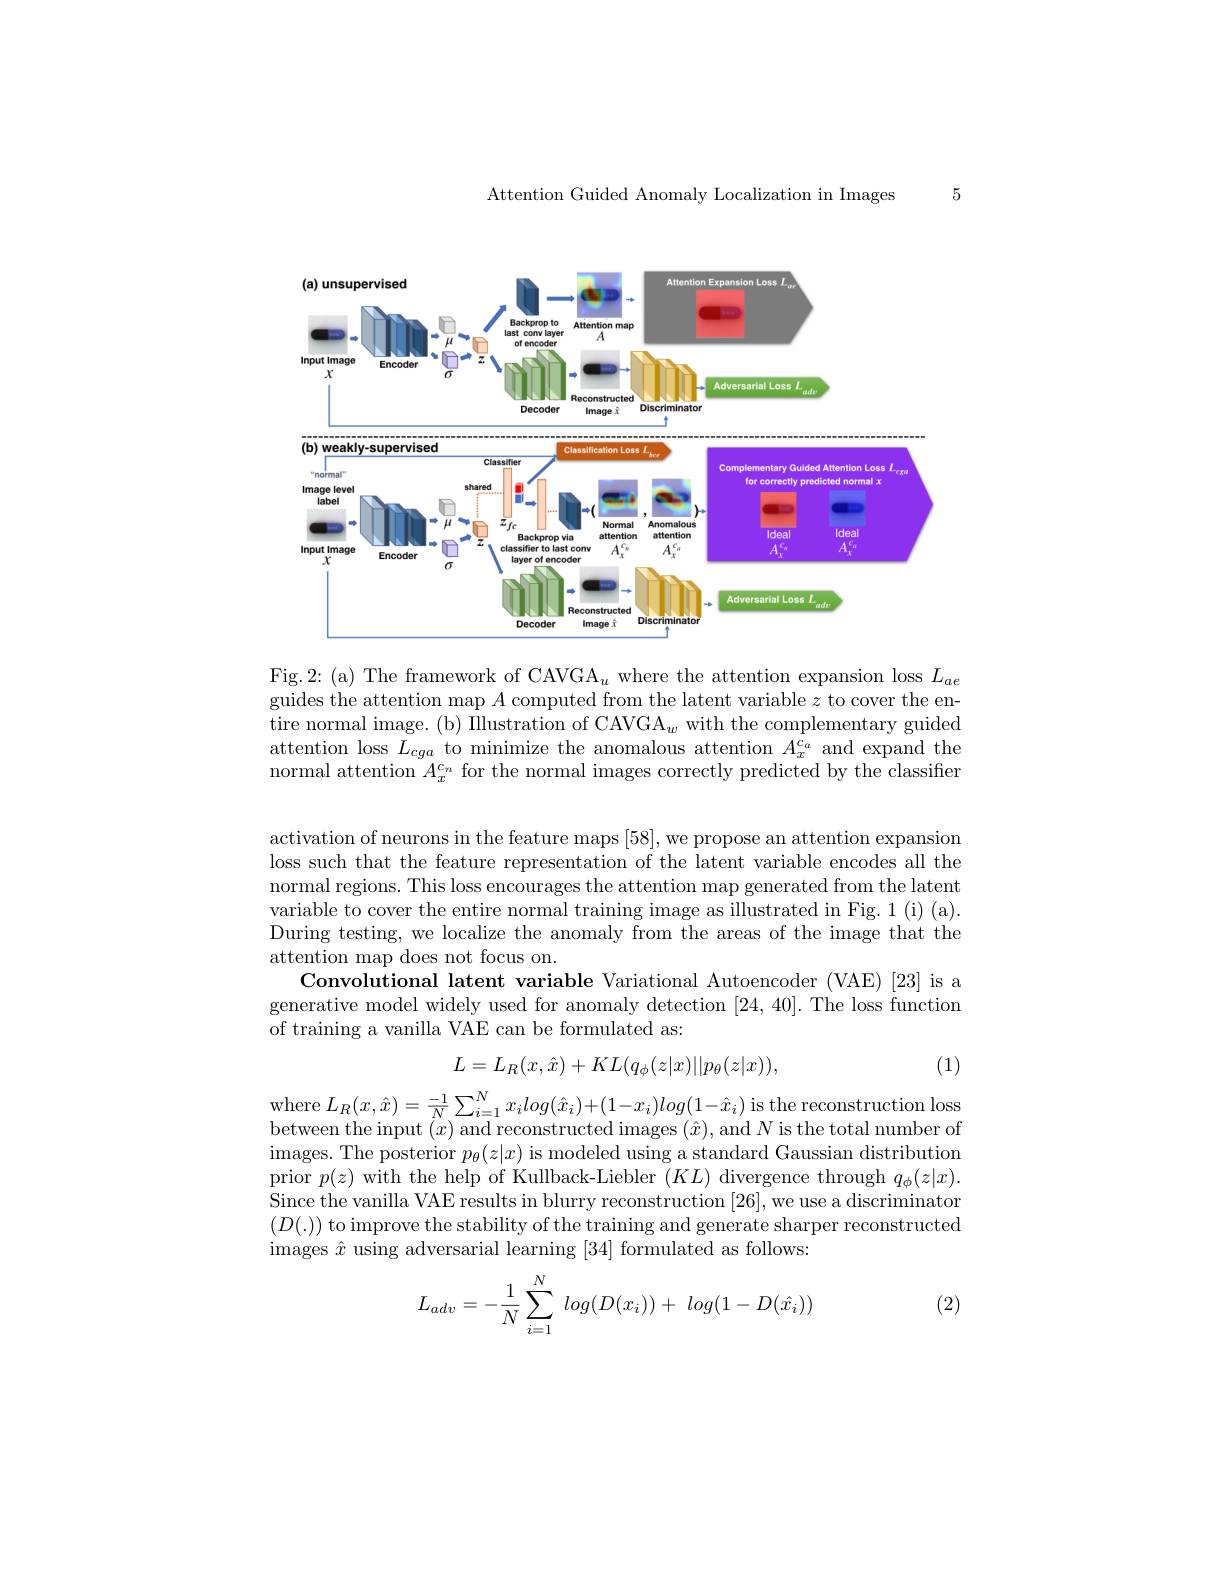
Attention Guided Anomaly Localization in Images

5

<FigureHere>

Fig.2:(a) The framework of CAVGA$_u$ where the attention expansion loss $L_ae$ guides the attention map $A$ computed from the latent variable $z$ to cover the entire normal image. (b) Illustration of CAVGA$_w$ with the complementary guided attention loss $L_cga$ to minimize the anomalous attention $A_x^{c_a}$ and expand the normal attention $A_x^{c_n}$ for the normal images correctly predicted by the classifier

activation of neurons in the feature maps [58], we propose an attention expansion loss such that the feature representation of the latent variable encodes all the normal regions. This loss encourages the attention map generated from the latent variable to cover the entire normal training image as illustrated in Fig. 1 (i) (a). During testing, we localize the anomaly from the areas of the image that the attention map does not focus on.
Convolutional latent variable Variational Autoencoder (VAE)[23] is a generative model widely used for anomaly detection [24,40]. The loss function of training a vanilla VAE can be formulated as:
$$L=L_R(x,\hat{x})+KL(q_\phi(z|x)||p_\theta(z|x)),$$
(1)

$\begin{array}{l}\mathrm{where~}L_R(x,\hat{x})=\frac{-1}{N}\sum_{i=1}^Nx_ilog(\hat{x}_i)+(1-x_i)log(1-\hat{x}_i)\text{ is the reconstruction loss}\\\mathrm{between~the~input~}(x)\text{ and reconstructed images }(\hat{x}),\text{ and }N\text{ is the total number of}\end{array}$ images. The posterior $p_\theta(z|x)$ is modeled using a standard Gaussian distribution prior $p(z)$ with the help of Kullback-Liebler $(KL)$ divergence through $q_\phi(z|x).$ Since the vanilla VAE results in blurry reconstruction [26],we use a discriminator $(D(.))$ to improve the stability of the training and generate sharper reconstructed images $\hat{x}$ using adversarial learning [ 34] formulated as follows:

(2)
$$L_{adv}=-\dfrac{1}{N}\sum_{i=1}^{N}\:log(D(x_i))+\:log(1-D(\hat{x_i}))$$